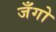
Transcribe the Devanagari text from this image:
जँगो